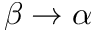
\beta \rightarrow \alpha